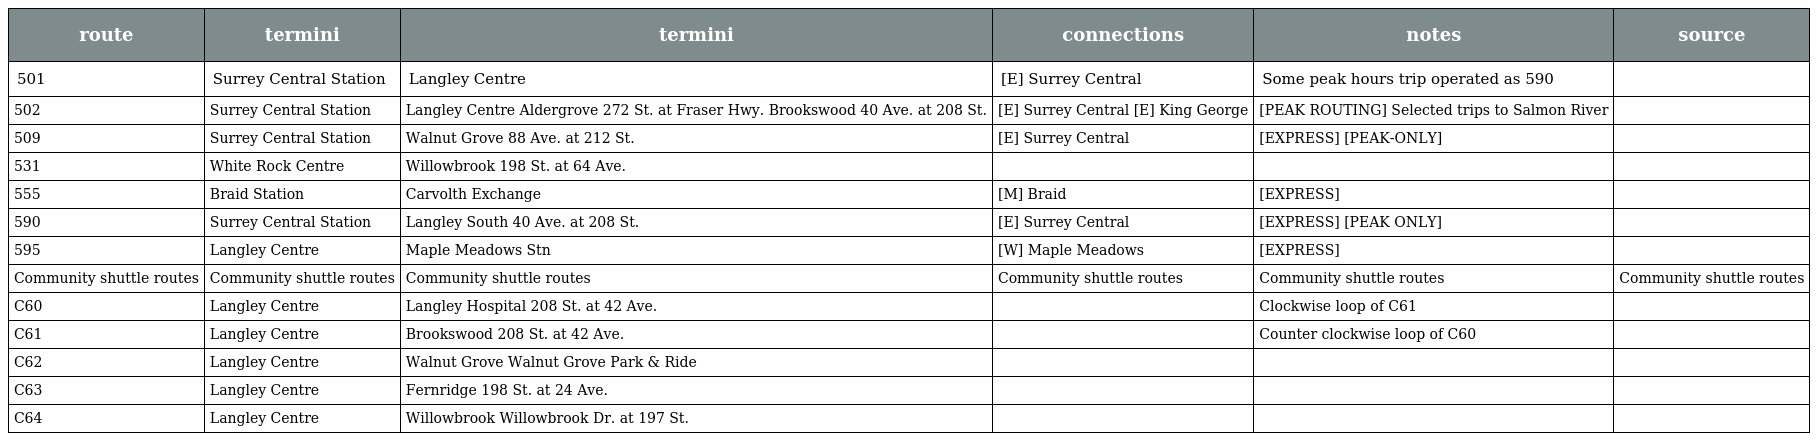
| route | termini | termini | connections | notes | source |
 | --- | --- | --- | --- | --- | --- |
 | 501 | Surrey Central Station | Langley Centre | [E] Surrey Central | Some peak hours trip operated as 590 |  |
 | 502 | Surrey Central Station | Langley Centre Aldergrove 272 St. at Fraser Hwy. Brookswood 40 Ave. at 208 St. | [E] Surrey Central [E] King George | [PEAK ROUTING] Selected trips to Salmon River |  |
 | 509 | Surrey Central Station | Walnut Grove 88 Ave. at 212 St. | [E] Surrey Central | [EXPRESS] [PEAK-ONLY] |  |
 | 531 | White Rock Centre | Willowbrook 198 St. at 64 Ave. |  |  |  |
 | 555 | Braid Station | Carvolth Exchange | [M] Braid | [EXPRESS] |  |
 | 590 | Surrey Central Station | Langley South 40 Ave. at 208 St. | [E] Surrey Central | [EXPRESS] [PEAK ONLY] |  |
 | 595 | Langley Centre | Maple Meadows Stn | [W] Maple Meadows | [EXPRESS] |  |
 | Community shuttle routes | Community shuttle routes | Community shuttle routes | Community shuttle routes | Community shuttle routes | Community shuttle routes |
 | C60 | Langley Centre | Langley Hospital 208 St. at 42 Ave. |  | Clockwise loop of C61 |  |
 | C61 | Langley Centre | Brookswood 208 St. at 42 Ave. |  | Counter clockwise loop of C60 |  |
 | C62 | Langley Centre | Walnut Grove Walnut Grove Park & Ride |  |  |  |
 | C63 | Langley Centre | Fernridge 198 St. at 24 Ave. |  |  |  |
 | C64 | Langley Centre | Willowbrook Willowbrook Dr. at 197 St. |  |  |  |